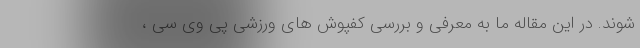
شوند. در این مقاله ما به معرفی و بررسی کفپوش های ورزشی پی وی سی ،